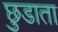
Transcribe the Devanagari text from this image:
छुडाता